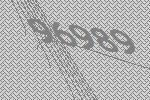
96989